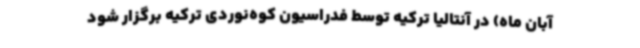
آبان ماه) در آنتالیا ترکیه توسط فدراسیون کوه‌نوردی ترکیه برگزار شود